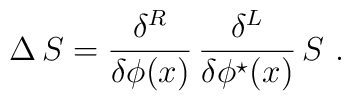
\Delta\,S=\frac{\delta^R}{\delta\phi(x)}\,\frac{\delta^L}{\delta\phi^\star(x)}\,S\,\, .